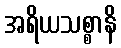
အရိယသစ္စာနိ